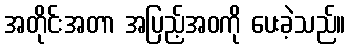
အတိုင်းအတာ အပြည့်အဝကို ပေးခဲ့သည်။